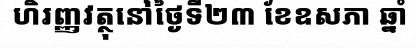
ហិរញ្ញវត្ថុនៅថ្ងៃទី២៣ ខែឧសភា ឆ្នាំ